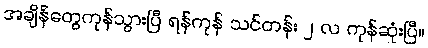
အချိန်တွေကုန်သွားပြီ ရန်ကုန် သင်တန်း ၂ လ ကုန်ဆုံးပြီ။